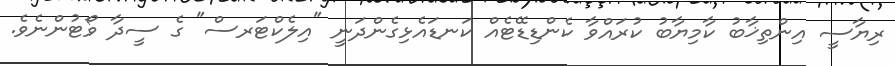
ރިޔާސީ އިންތިޚާބު ކާމިޔާބު ކުރައްވާ ކެންޑިޑޭޓެއް ކަނޑައެޅިގެންދަނީ "އިލެކްޓަރސް" ގެ ސީދާ ވޯޓުންނެވެ.